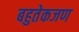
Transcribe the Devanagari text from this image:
बहुतेकजण